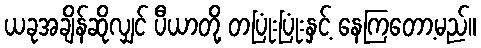
ယခုအချိန်ဆိုလျှင် ပီယာတို့ တပြုံးပြုံးနှင့် နေကြတော့မည်။